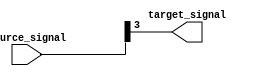
module bit_select_assign (
    input [7:0] source_signal,
    output reg target_signal
);

always @* begin
    // Selecting bit position 3 from source_signal and assigning it to target_signal
    target_signal = source_signal[3];
end

endmodule